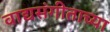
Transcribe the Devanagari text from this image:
वाद्यसंगीताच्या